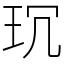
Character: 𤤌